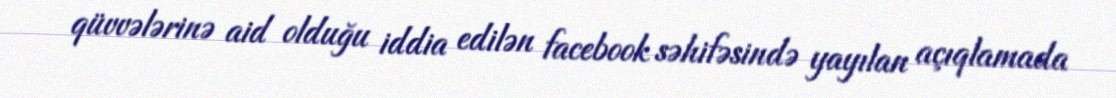
qüvvələrinə aid olduğu iddia edilən facebook səhifəsində yayılan açıqlamada